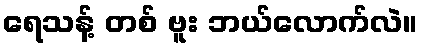
ရေသန့် တစ် ဗူး ဘယ်လောက်လဲ။